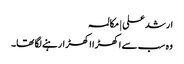
ارشد علی | مکالمہ
وہ سب سے اکھڑا اکھڑارہنے لگا تھا۔